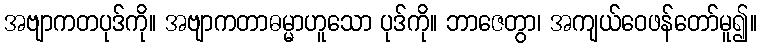
အဗျာကတပုဒ်ကို။ အဗျာကတာဓမ္မာဟူသော ပုဒ်ကို။ ဘာဇေတွာ၊ အကျယ်ဝေဖန်တော်မူ၍။